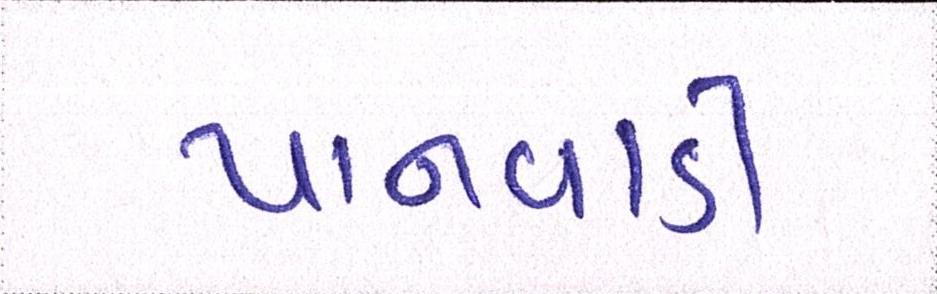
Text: પાનવાડી